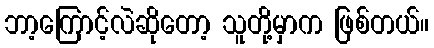
ဘာ့ကြောင့်လဲဆိုတော့ သူတို့မှာက ဖြစ်တယ်။